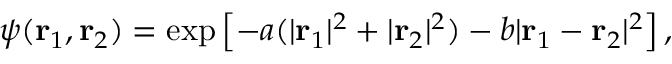
\psi ( \mathbf { r } _ { 1 } , \mathbf { r } _ { 2 } ) = \exp \left[ - a ( | \mathbf { r } _ { 1 } | ^ { 2 } + | \mathbf { r } _ { 2 } | ^ { 2 } ) - b | \mathbf { r } _ { 1 } - \mathbf { r } _ { 2 } | ^ { 2 } \right] ,